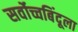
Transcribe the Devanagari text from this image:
सर्वोच्चबिंदूला